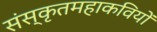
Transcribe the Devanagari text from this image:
संस्कृतमहाकवियों